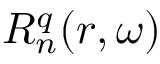
R _ { n } ^ { q } ( r , \omega )